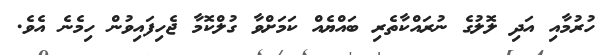
ހުރުމާއި އަދި ލޮލުގެ ނުރައްކާތެރި ބައްޔެއް ކަމަށްވާ ގުލްކޮމާ ޖެހިފައިވުން ހިމެނެ އެވެ.